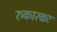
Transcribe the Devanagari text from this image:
रुकारकः